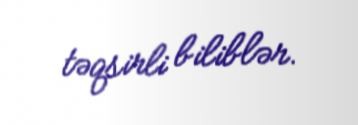
təqsirli biliblər.